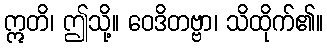
ဣတိ၊ ဤသို့။ ဝေဒိတဗ္ဗာ၊ သိထိုက်၏။